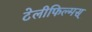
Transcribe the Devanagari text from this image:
टेलीफिल्मस्